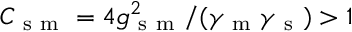
C _ { \mathrm { ~ s ~ m ~ } } = 4 g _ { \mathrm { ~ s ~ m ~ } } ^ { 2 } / ( \gamma _ { \mathrm { ~ m ~ } } \gamma _ { \mathrm { ~ s ~ } } ) > 1